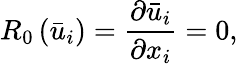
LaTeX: {R_{0}}\left({{{\bar{u}}_{i}}}\right)=\frac{{\partial{{\bar{u}}_{i}}}}{{\partial{x_{i}}}}=0,